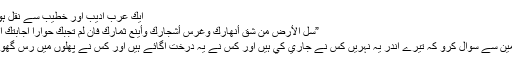
ايك عرب اديب اور خطيب سے نقل ہوا ہے :
”سَلْ الاٴرضَ مَن شَقَ اٴنھاركِ وغرسَ اٴشجاركِ واٴينعَ ثِمَارِكِ فإنْ لَمْ تُجبكَ حواراً إجابتكَ إعتباراً“
”اس زمين سے سوال كرو كہ تيرے اندر يہ نہريں كس نے جاري كي ہيں اور كس نے يہ درخت اگائے ہيں اور كس نے پھلوں ميں رس گھولا ہے؟